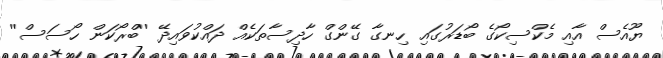
ޔޫއެސް އާއި މެކްސިކޯގެ ބޯޑަރުގައި ހިނގާ ގޭންގް ހާދިސާތަކެއް ދައްކުވައިދޭ ''ބްރޯކަން ހޯސަސް''